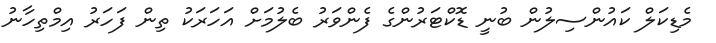
މެޑިކަލް ކައުންސިލުން ބުނީ ޑޮކްޓަރުންގެ ފެންވަރު ބެލުމަށް އަހަރަކު ތިން ފަހަރު އިމްތިހާނު